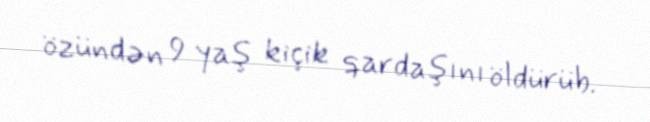
özündən 9 yaş kiçik qardaşını öldürüb.